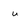
Character: u